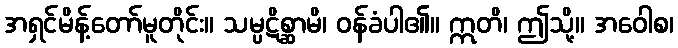
အရှင်မိန့်တော်မူတိုင်း။ သမ္ပဋိစ္ဆာမိ၊ ဝန်ခံပါ၏။ ဣတိ၊ ဤသို့။ အဝေါစ၊